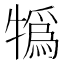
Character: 𤛨